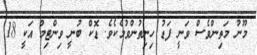
މޫނު މަތިންވެސް ވަނީ ފަޑު ހިނިތުންވުމެކެވެ. ޑޮކް ބުނީ ވިންޓިމް އަކީ 18